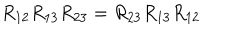
R _ { 1 2 } R _ { 1 3 } R _ { 2 3 } = R _ { 2 3 } R _ { 1 3 } R _ { 1 2 }